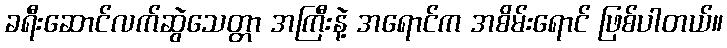
ခရီးဆောင်လက်ဆွဲသေတ္တာ အကြီးနဲ့ အရောင်က အစိမ်းရောင် ဖြစ်ပါတယ်။